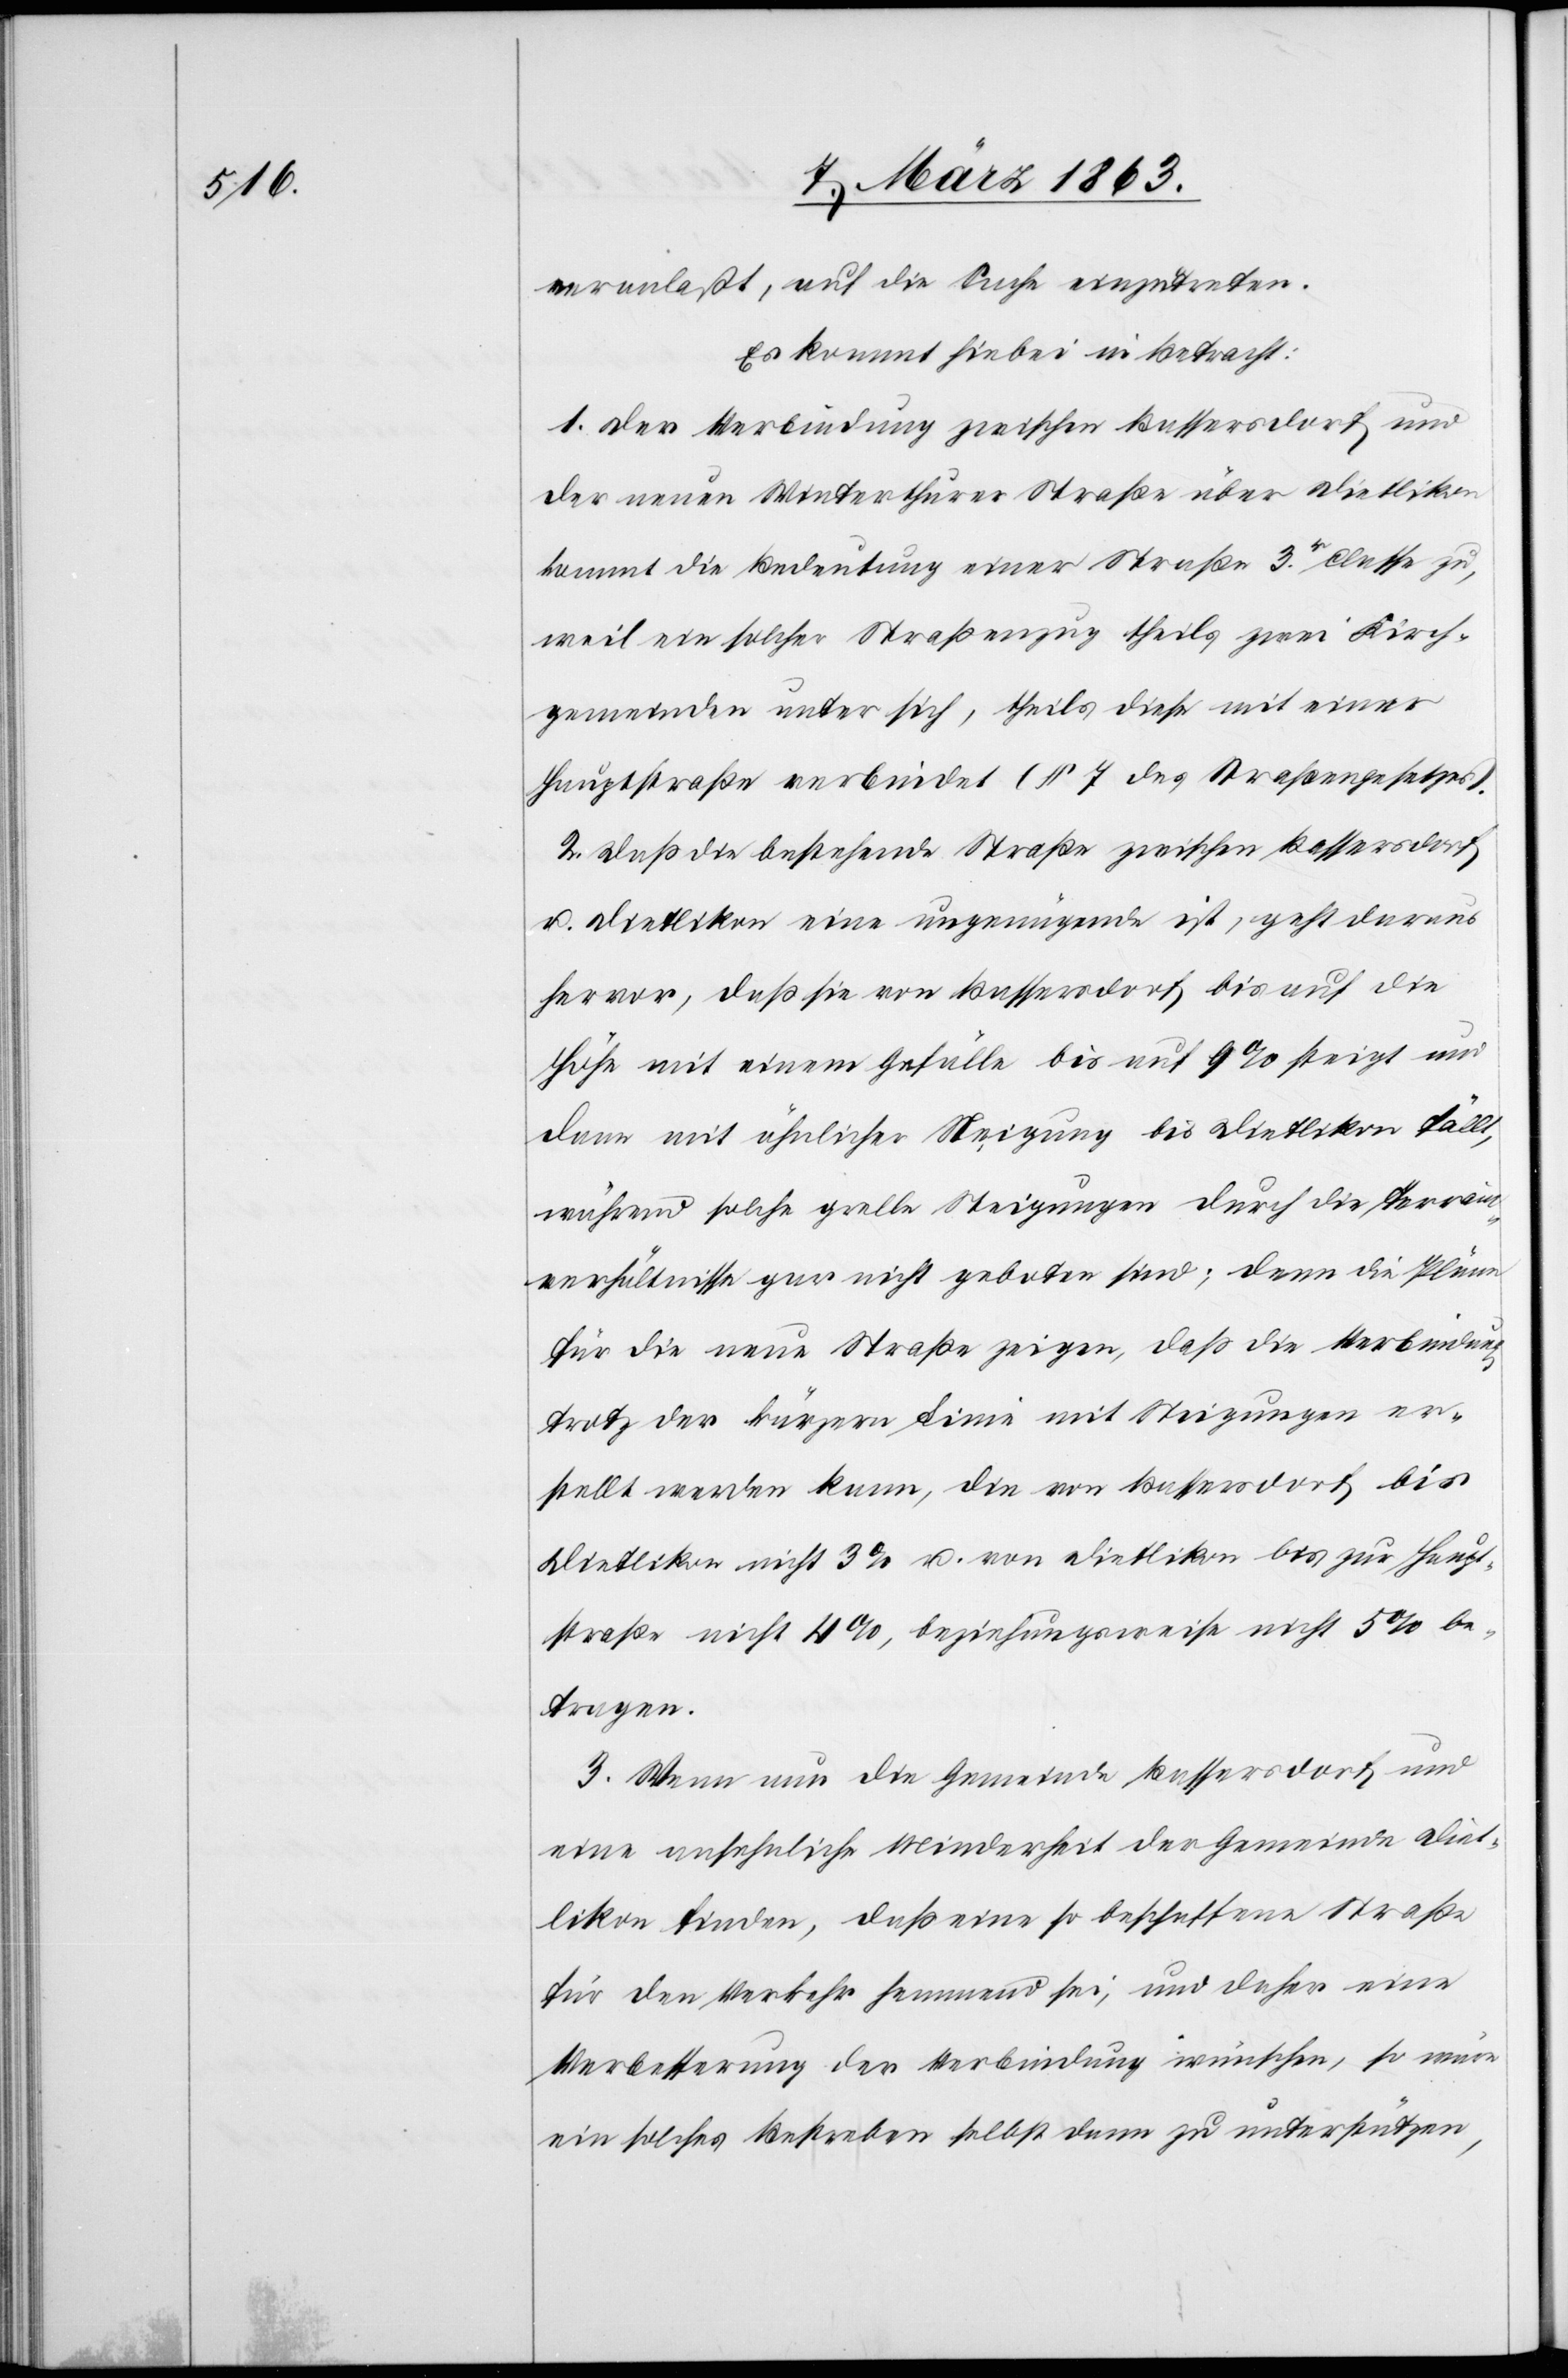
veranlaßt, auf die Sache einzutreten.
Es kommt hiebei in Betracht:
1. Der Verbindung zwischen Bassersdorf und
der neuen Winterthurer Straße über Dietlikon
kommt die Bedeutung einer Straße 3r. Classe zu,
weil ein solcher Straßenzug theils zwei Kirch¬
gemeinden unter sich, theils diese mit einer
Hauptstraße verbindet (§ 7 des Straßengesetzes).
2. Daß die bestehende Straße zwischen Bassersdorf
u. Dietlikon eine ungenügende ist, geht daraus
hervor, daß sie von Bassersdorf bis auf die
Höhe mit einem Gefälle bis auf 9% steigt und
dann mit ähnlicher Neigung bis Dietlikon fällt,
während solche grelle Steigungen durch die Terrain¬
verhältnisse gar nicht geboten sind; denn die Pläne
für die neue Straße zeigen, daß die Verbindung
trotz der kürzern Linie mit Steigungen er¬
stellt werden kann, die von Bassersdorf bis
Dietlikon nicht 3% u. von Dietlikon bis zur Haupt¬
straße nicht 4%, beziehungsweise nicht 5% be¬
tragen.
3. Wenn nun die Gemeinde Bassersdorf und
eine ansehnliche Minderheit der Gemeinde Diet¬
likon finden, daß eine so beschaffene Straße
für den Verkehr hemmend sei, und daher eine
Verbesserung der Verbindung wünschen, so wäre
ein solches Bestreben selbst dann zu unterstützen,